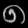
Digit: ၈